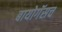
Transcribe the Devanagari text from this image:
बायोगॅसच